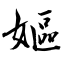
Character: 嫗